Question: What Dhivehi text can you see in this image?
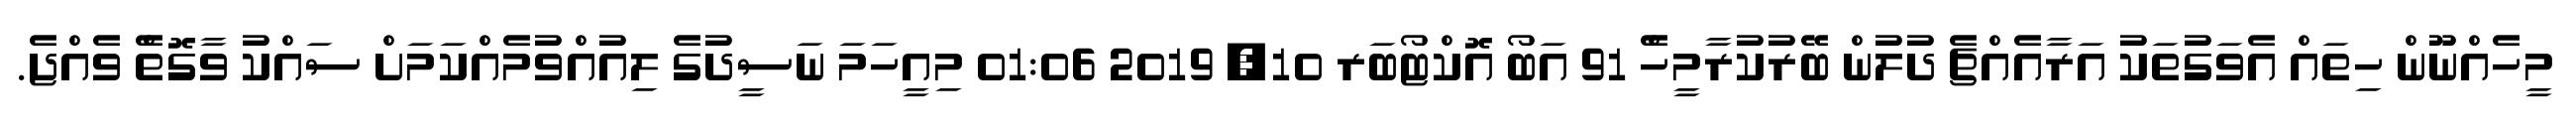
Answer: މީހެއްނޫން ހިތައް އެވަގުތަކު އަރާއެއްޗެ ދުލުން ބޭރުކުރާމީހެް 91 އަބޯ އޮކްޓޯބަރ 10, 2019 01:06 މިއީހަމަ ނަސީދުގެ ލިއުއްވުމެއްކަމަށް ސައްކު ވާގޮތެް ވެއްޖެ.